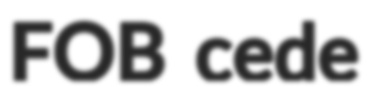
FOB cede